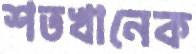
শতখানেক